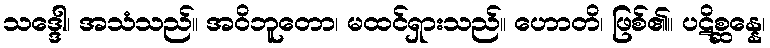
သဒ္ဒေါ၊ အသံသည်။ အဝိဘူတော၊ မထင်ရှားသည်။ ဟောတိ၊ ဖြစ်၏။ ပဋိစ္ဆန္နေ၊